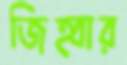
জিহ্বার